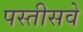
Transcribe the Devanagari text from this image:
पस्तीसवे